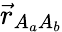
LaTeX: \vec{r}_{A_{a}A_{b}}